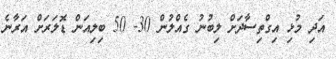
އަދި މުޅި އިގްތިސާދަށް ލިބުނު ގެއްލުން 30- 50 ބިލިއަން ޑޮލަރަށް އަރާނެ